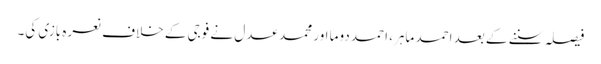
فیصلہ سننے کے بعد احمد ماہر، احمد دوما اور محمد عدل نے فوجی کے خلاف نعرہ بازی کی۔